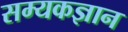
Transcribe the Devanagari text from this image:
सम्यकज्ञान